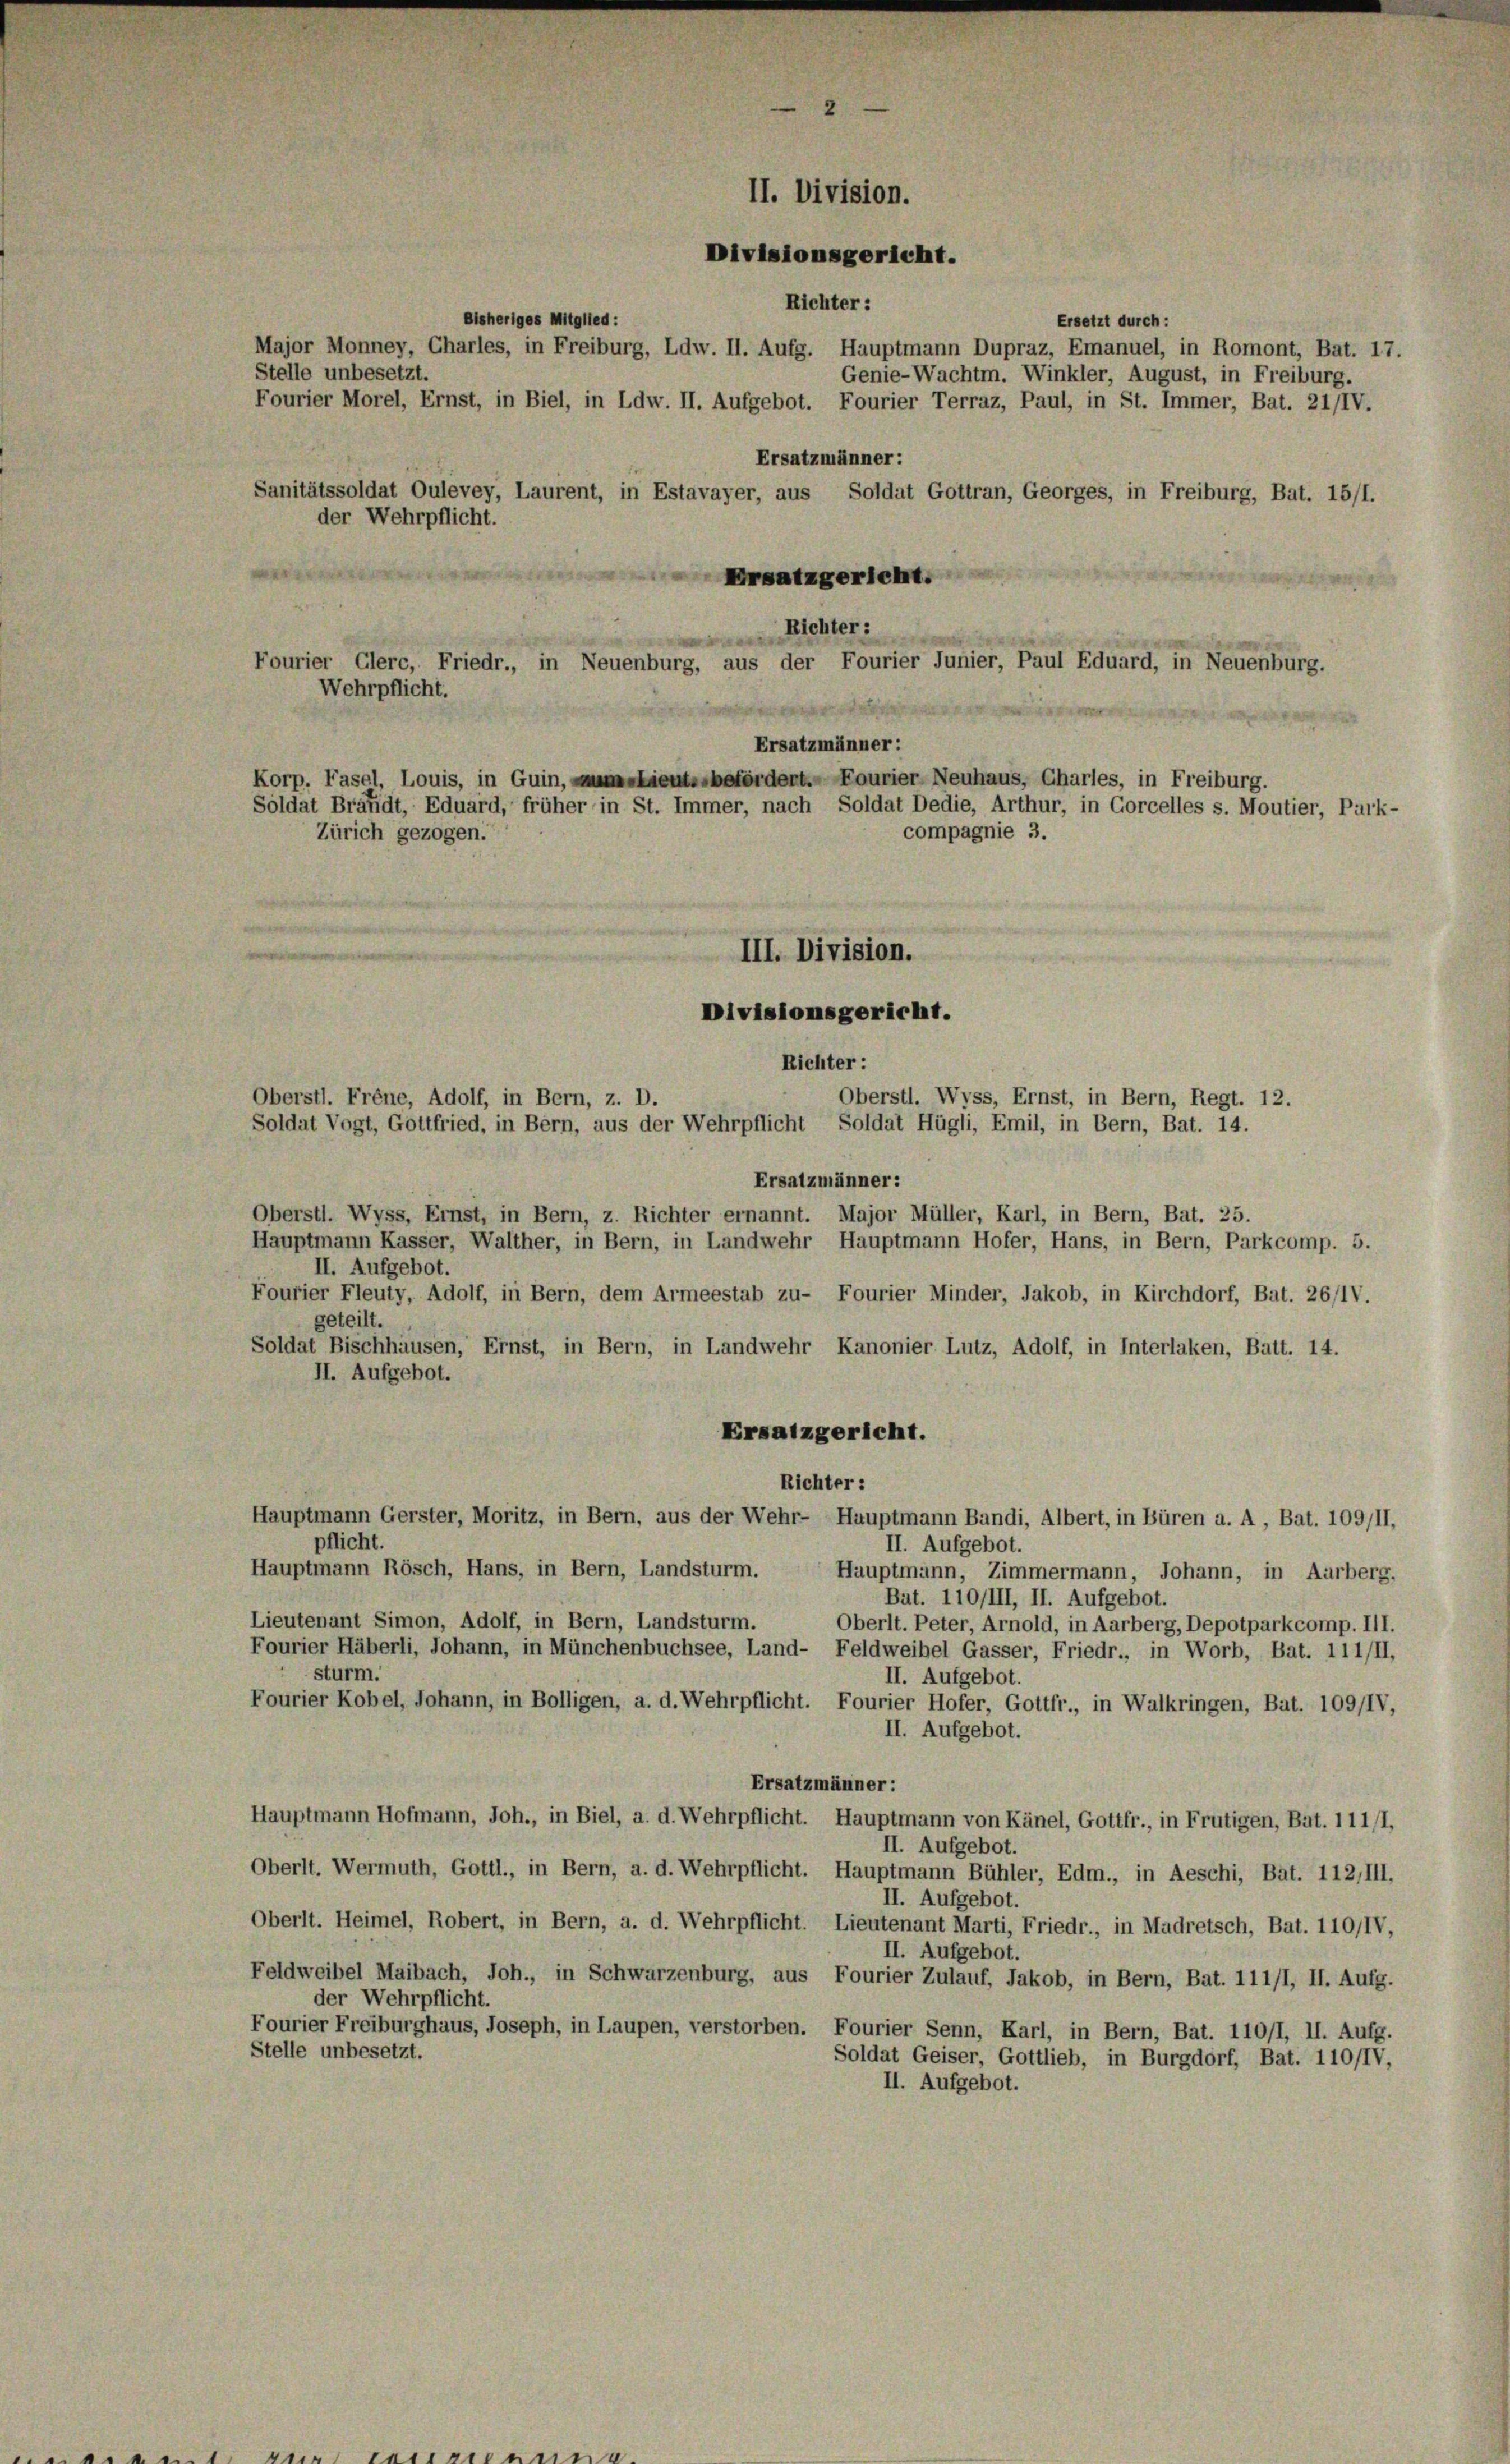
Richter:
Major Monney, Charles, in Freiburg, Ldw. II. Aufg. Hauptmann Dupraz, Emanuel, in Romont, Bat. 17.
Stelle unbesetzt.
Fourier Morel, Ernst, in Biel, in Ldw. II. Aufgebot. Fourier Terraz, Paul, in St. Immer, Bat. 21/IV.
Ersatzmänner:
Sanitätssoldat Oulevey, Laurent, in Estavayer, aus Soldat Gottran, Georges, in Freiburg, Bat. 15/1.
der Wehrpflicht.
Ersatzgericht.
Richter:

Wehrpflicht.
Korp. Fasel, Louis, in Guin, um Lieute befördert. Fourier Neuhaus, Charles, in Freiburg.
Zürich gezogen.

Bisheriges Mitglied:

Fourier Glerc, Friedr., in Neuenburg, aus der Fourier Junier, Paul Eduard, in Neuenburg.
Ersatzmänner:
Soldat Bräfidt, Eduard, früher in St. Immer, nach Soldat Dedie, Arthur, in Gorcelles s. Moutier, Park-
III. Division.
Divisionsgericht.
Richter:

II. Division.
Divisionsgericht.

Ersetzt durch :
Genie-Wachtm. Winkler, August, in Freiburg.

compagnie 3.

Oberstl. Frene, Adolf, in Bern, z. D.
Oberstl. Wyss, Ernst, in Bern, Regt. 12.
Soldat Vogt, Gottfried, in Bern, aus der Wehrpflicht Soldat Hügli, Emil, in Bern, Bat. 14.
Ersatzmänner:
Oberstl. Wyss, Ernst, in Bern, z. Richter ernannt. Major Müller, Karl, in Bern, Bat. 25.
Hauptmann Kasser, Walther, in Bern, in Landwehr Hauptmann Hofer, Hans, in Bern, Parkcomp. 5.
II. Aufgebot.
Fourier Fleuty, Adolf, in Bern, dem Armeestab zu- Fourier Minder, Jakob, in Kirchdorf, Bat. 26/IV.
geteilt.
Soldat Bischhausen, Ernst, in Bern, in Landwehr Kanonier Lutz, Adolf, in Interlaken, Balt. 14.
II. Aufgebot.
Ersatzgericht.
Richter:
Hauptmann Gerster, Moritz, in Bern, aus der Wehr- Hauptmann Bandi, Albert, in Büren a. A, Bat. 109/II,
pflicht.
II. Aufgebot.
Hauptmann Rösch, Hans, in Bern, Landsturm.
Hauptmann, Zimmermann, Johann, in Aarberg,
Bat. 110/III, II. Aufgebot.
Lieutenant Simon, Adolf, in Bern, Landsturm.
Oberlt. Peter, Arnold, in Aarberg, Depotparkcomp. III.
Fourier Häberli, Johann, in Münchenbuchsee, Land- Feldweibel Gasser, Friedr., in Worb, Bat. 111/II,
sturm.
II. Aufgebot.
Fourier Kobel, Johann, in Bolligen, a. d. Wehrpflicht. Fourier Hofer, Gottfr., in Walkringen, Bat. 109/IV,
II. Aufgebot.
Ersatzmänner:
Hauptmann Hofmann, Joh., in Biel, a. d. Wehrpflicht. Hauptmann von Känel, Gottfr., in Frutigen, Bat. 111/1,
II. Aufgebot.
Oberlt. Wermuth, Gottl., in Bern, a. d. Wehrpflicht. Hauptmann Bühler, Edm., in Aeschi, Bat. 112,III.
II. Aufgebot.
Oberlt. Heimel, Robert, in Bern, a. d. Wehrpflicht. Lieutenant Marti, Friedr., in Madretsch, Bat. 110/IV,
II. Aufgebot.
Feldweibel Maibach, Joh., in Schwarzenburg, aus Fourier Zulauf, Jakob, in Bern, Bat. 111/1, II. Aufg.
der Wehrpflicht.
Fourier Freiburghaus, Joseph, in Laupen, verstorben. Fourier Senn, Karl, in Bern, Bat. 110/1, II. Aufg.
Stelle unbesetzt.
Soldat Geiser, Gottlieb, in Burgdorf, Bat. 110/IV,
II. Aufgebot.